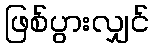
ဖြစ်ပွားလျှင်